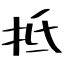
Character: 抵